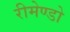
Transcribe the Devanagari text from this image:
रीमेण्डो